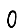
Digit: 0